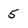
Character: 5